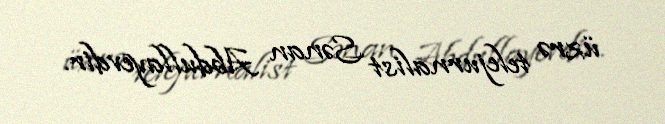
üzrə telejurnalist Sənan Abdullayevdir.